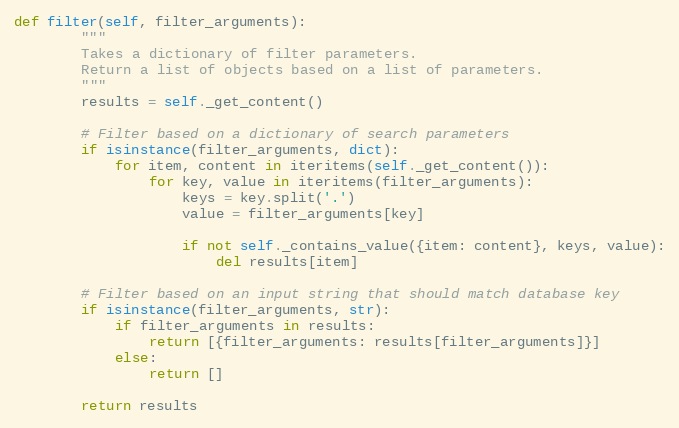
Language: Python
def filter(self, filter_arguments):
        """
        Takes a dictionary of filter parameters.
        Return a list of objects based on a list of parameters.
        """
        results = self._get_content()

        # Filter based on a dictionary of search parameters
        if isinstance(filter_arguments, dict):
            for item, content in iteritems(self._get_content()):
                for key, value in iteritems(filter_arguments):
                    keys = key.split('.')
                    value = filter_arguments[key]

                    if not self._contains_value({item: content}, keys, value):
                        del results[item]

        # Filter based on an input string that should match database key
        if isinstance(filter_arguments, str):
            if filter_arguments in results:
                return [{filter_arguments: results[filter_arguments]}]
            else:
                return []

        return results